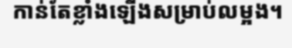
កាន់តែខ្លាំងឡើងសម្រាប់លម្អង។